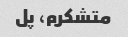
متشکرم، پل